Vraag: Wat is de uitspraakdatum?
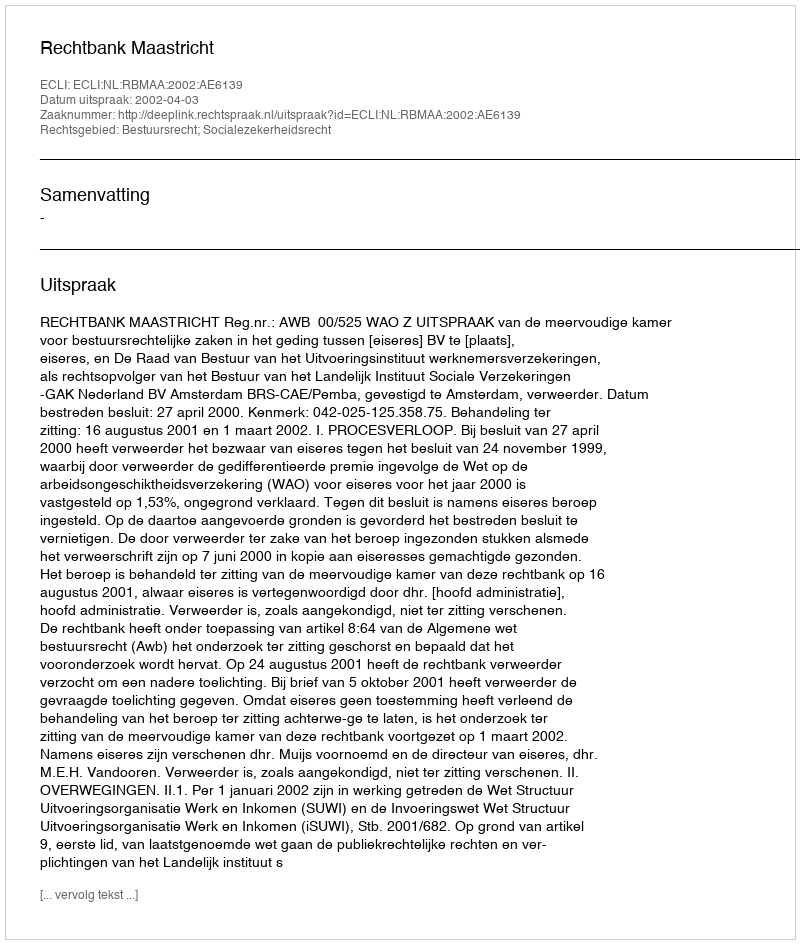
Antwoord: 2002-04-03